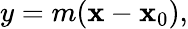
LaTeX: y=m(\mathbf{x}-\mathbf{x}_{0}),